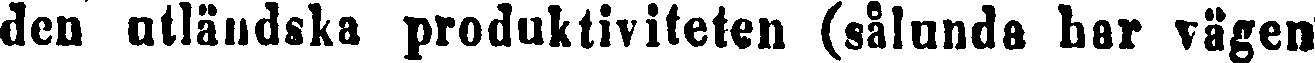
den utländska produktiviteten (sålunda har vägen